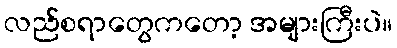
လည်စရာတွေကတော့ အများကြီးပဲ။